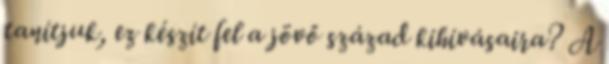
tanítjuk, ez készít fel a jövő század kihívásaira? A